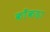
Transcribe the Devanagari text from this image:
काँकड़ा